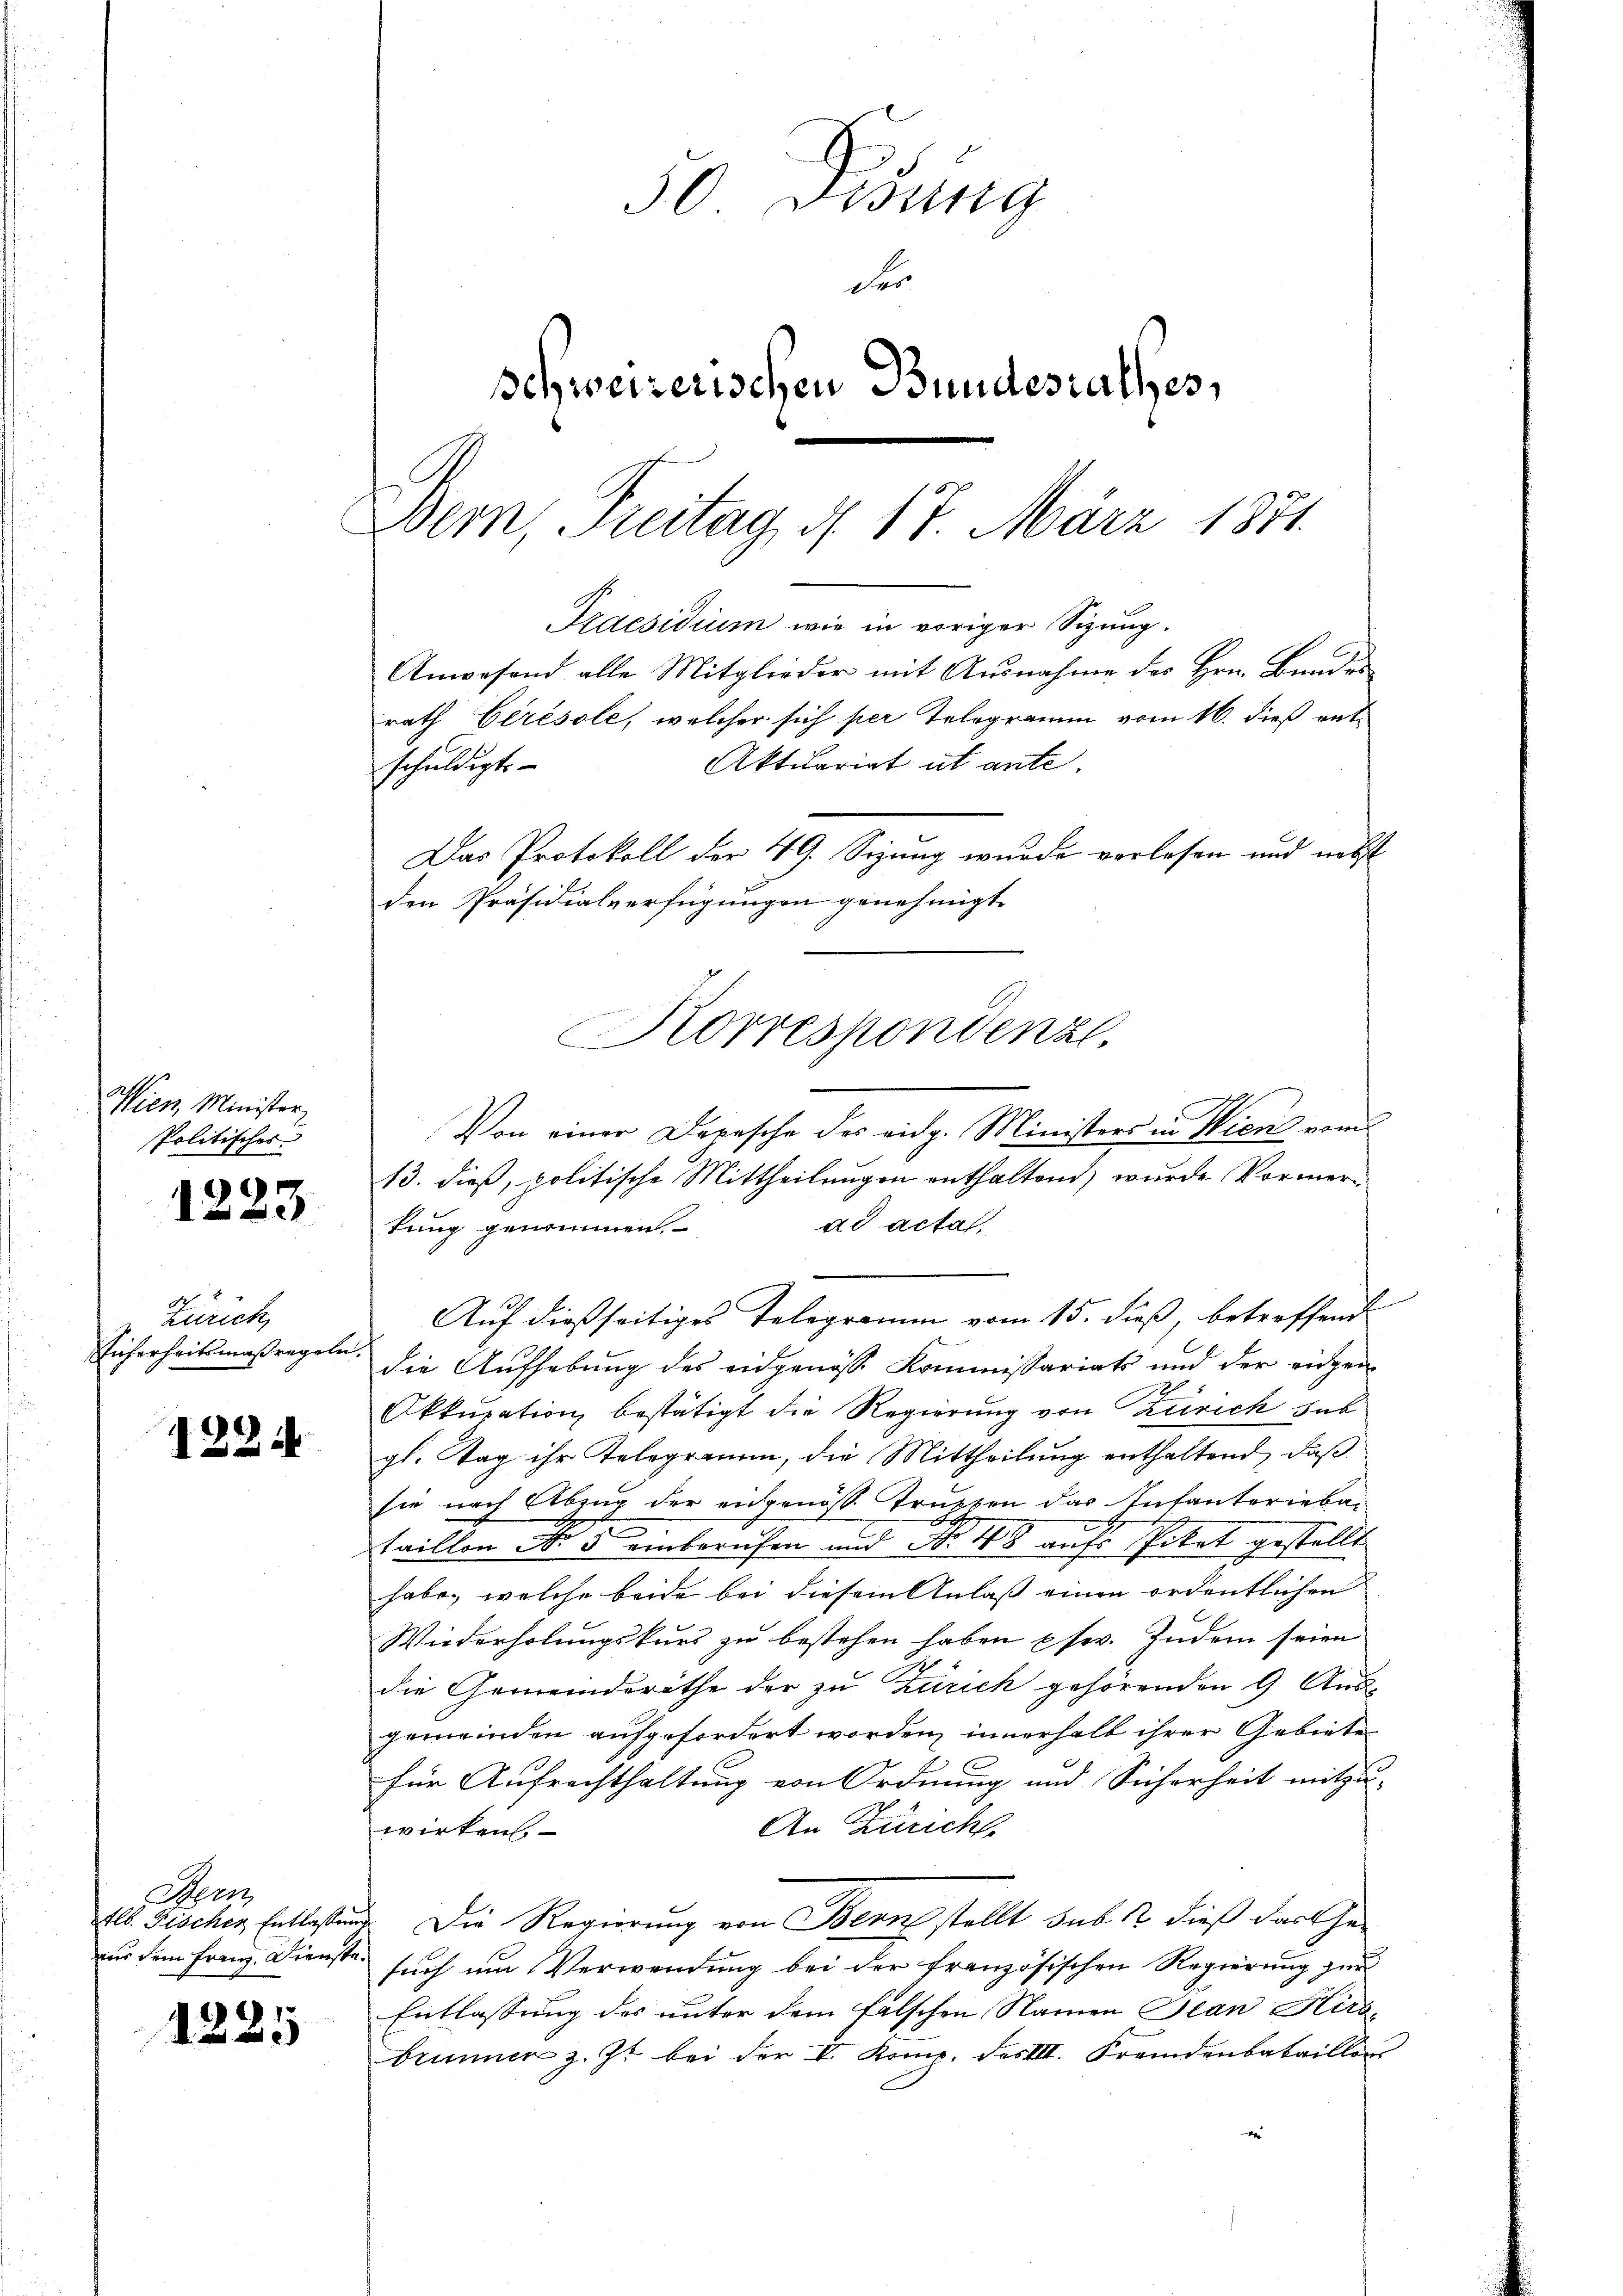
Wien, Minister
Politisches

1223

Zürich
Eicherheitsmaßregeln.

1224

Nonn
tlb. Fischer Entlassung

1225

30 Disung
der
Schweizerischen Bundesrathes,
Bern, Freitag, d. 17 März 1871.

Praesidium wie in voriger Sizung.
schuldigt
Das Protokoll der 49. Sizung wurde verlesen und nebst
den Präsidialverfügungen genehmigt.
Korrespondenze.

Anwesend alle Mitglieder mit Ausnahme des Hrn. Bundes
Aktuariat ut ante.

rath Cerésole, welcher sich per Telegramm vom 16. dieß ent

Von einer Depesche des eidg. Ministers in Wien vom
13. dieß, politische Mittheilungen enthaltend, wurde Vormerad actat,
tung genommen.
Auf dießseitiges Telegramm vom 15. dieß, betreffend
die Aufhebung des eidgenösse Kommissariats und der eidgen
Okkupation bestätigt die Regierung von Zürich sub
gl. Tag ihr Telegramm, die Mittheilung enthaltend, daß
sie nach Abend der eidgenöss. Truppen das Infanteriebataillen No 5 einberuhen und No 48 aufs Spitat gestellt
habe, welche beide bei diesem Anlass einen ordentlichen
Wiederholungskurs zu bestehen haben pfer. Zudem seien
die Gemeinderäthe der zu Zürich gehörenden 9. Aus-
gemeinden aufgefordert worden, innerhalb ihrer Gebiete
für Aufrechthaltung von Ordnung und Sicherheit mitzu-
An Zürich
wirken.
3. Die Regierung von Bern stellt sub. 2 dieß das Geaus dem Franz. Dienste such um Verwendung bei der französischen Regierung zur
Entlassung des unter dem falschen Namen Jean Hirs
brunner z. Zt. bei der V. Kome. FesIII. Fremdenbataillon
e